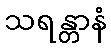
သရန္တာနံ